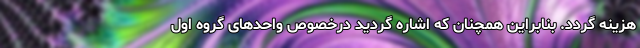
هزینه گردد. بنابراین همچنان که اشاره گردید درخصوص واحدهای گروه اول